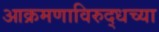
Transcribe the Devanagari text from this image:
आक्रमणाविरुद्धच्या